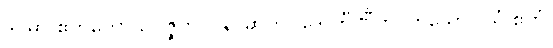
ဒုဝိဓာ ဧကတော ဥပ္ပဇ္ဇတိ၊ ပန၊ ဆက်။ ဒွေ တီဏီတိ၊ ဟူသော။ ယံ ဧတံ၊